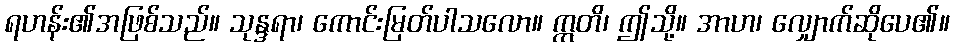
ရဟန်း၏အဖြစ်သည်။ သုန္ဒရာ၊ ကောင်းမြတ်ပါသလော။ ဣတိ၊ ဤသို့။ အာဟ၊ လျှောက်ဆိုပေ၏။